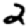
Digit: 2